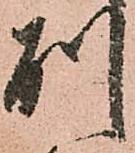
別